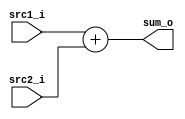
//Subject:     CO project 3 - Adder
//--------------------------------------------------------------------------------
//Version:     1
//--------------------------------------------------------------------------------
//Writer:      0416038 _0416326 t 
//----------------------------------------------
//Date:        
//----------------------------------------------
//Description: 
//--------------------------------------------------------------------------------

module Adder(
   src1_i,
	src2_i,
	sum_o
	);
     
//I/O ports
input  [32-1:0]  	 src1_i;
input  [32-1:0]    src2_i;
output [32-1:0]	 sum_o;

//Internal Signals
wire    [32-1:0]	 sum_o;

//Parameter
    
//Main function
assign sum_o = src1_i + src2_i;

endmodule